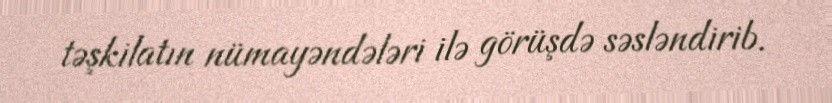
təşkilatın nümayəndələri ilə görüşdə səsləndirib.